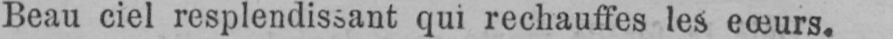
eœurs.